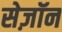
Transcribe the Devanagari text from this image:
सेज़ॉन